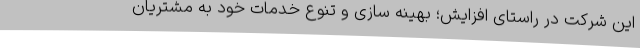
این شرکت در راستای افزایش؛ بهینه سازی و تنوع خدمات خود به مشتریان